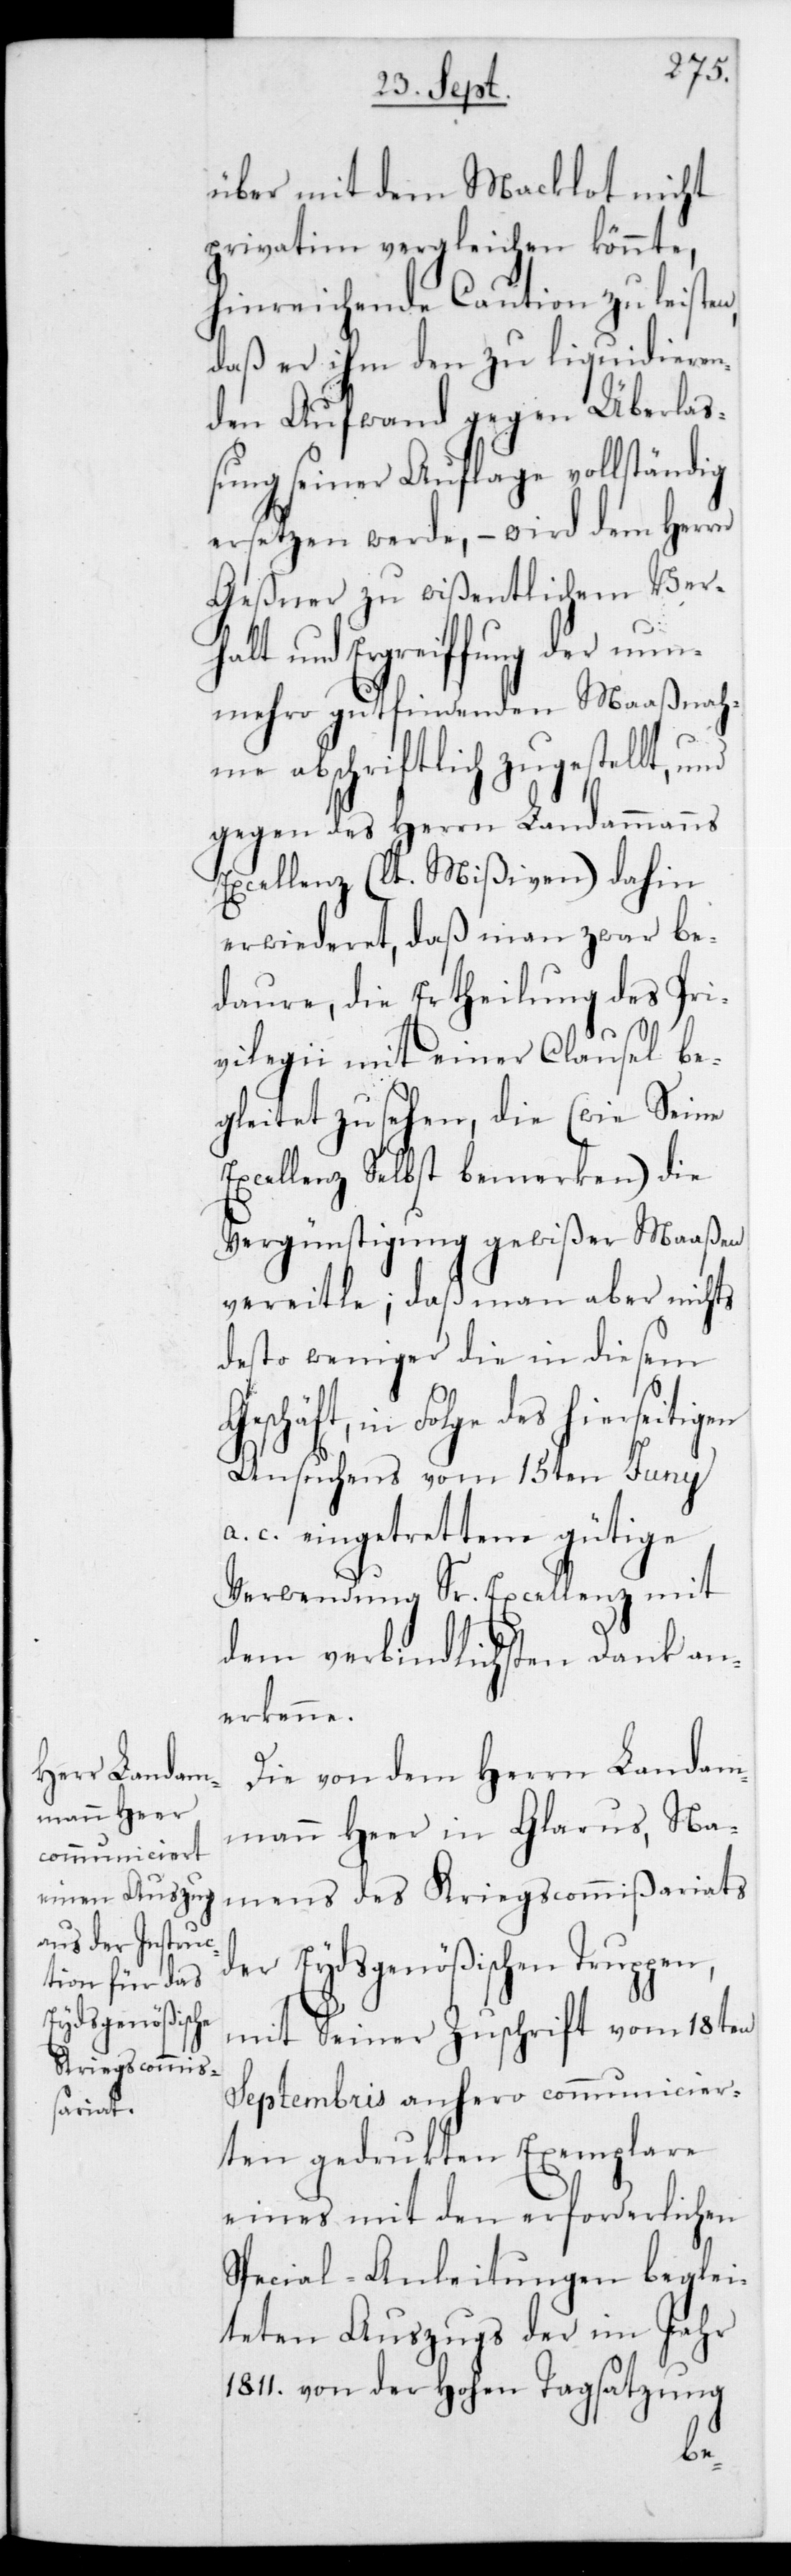
über mit dem Macklot nicht
privatim vergleichen könnte,
hinreichende Caution zu leisten,
daß er ihm den zu liquidieren¬
den Aufwand gegen Überla¬
ßung seiner Auflage vollständig
ersetzen werde, – wird dem Herrn
Geßner zu wißentlichem Ver¬
halt und Ergreifung der nun¬
mehro gut findenden Maaßnah¬
me abschriftlich zugestellt,
gegen des Herrn Landammanns
Excellenz,(lt. Mißiven) dahin
erwideret, daß man zwar be¬
daure, die Ertheilung des Pri¬
vilegii mit einer Clausel be¬
gleitet zu sehen, die (wie Seine
Excellenz Selbst bemerken) die
Vergünstigung gewißer Maaßen
vereitle; daß man aber nichts
desto weniger die in diesem
des hierseitigen
Ansuchens vom 15ten Juny
a. c. eingetrettene gütige
Verwendung Sr. Excellenz mit
dem verbindlichsten Dank an¬
erkenne.
Die von dem Herrn Landam¬
mann Heer in Glarus, na¬
mens des Kriegscommißariats
der Eydsgenößischen Truppen,
mit seiner Zuschrift vom 18ten
Septembris anhero communicier¬
ten gedruckten Exemplare
eines mit den erforderlichen
Special-Anleitungen beglei¬
teten Auszugs der im Jahr
1811 von der Hohen Tagsatzung